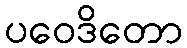
ပဝေဒိတော